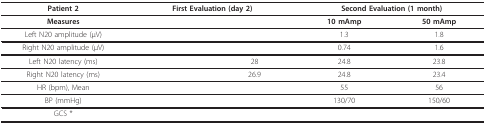
<table><thead><tr><td><b>Patient 2</b></td><td colspan="2"><b>First Evaluation (day 2)</b></td><td colspan="2"><b>Second Evaluation (1 month)</b></td></tr></thead><tbody><tr><td><b>Measures</b></td><td>[EMPTY_CELL]</td><td>[EMPTY_CELL]</td><td><b>10 mAmp</b></td><td><b>50 mAmp</b></td></tr><tr><td>Left N20 amplitude (μV)</td><td>[EMPTY_CELL]</td><td>[EMPTY_CELL]</td><td>1.3</td><td>1.8</td></tr><tr><td>Right N20 amplitude (μV)</td><td>[EMPTY_CELL]</td><td>[EMPTY_CELL]</td><td>0.74</td><td>1.6</td></tr><tr><td>Left N20 latency (ms)</td><td>[EMPTY_CELL]</td><td>28</td><td>24.8</td><td>23.8</td></tr><tr><td>Right N20 latency (ms)</td><td>[EMPTY_CELL]</td><td>26.9</td><td>24.8</td><td>23.4</td></tr><tr><td>HR (bpm), Mean</td><td>[EMPTY_CELL]</td><td>[EMPTY_CELL]</td><td>55</td><td>56</td></tr><tr><td>BP (mmHg)</td><td>[EMPTY_CELL]</td><td>[EMPTY_CELL]</td><td>130/70</td><td>150/60</td></tr><tr><td>GCS *</td><td colspan="2">[EMPTY_CELL]</td><td colspan="2">[EMPTY_CELL]</td></tr></tbody></table>